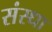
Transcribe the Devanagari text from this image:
संस्धा